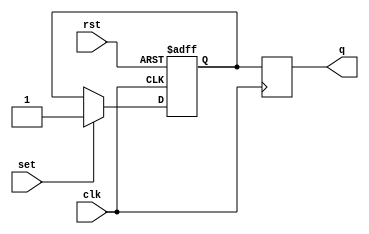
module sr_master_slave_ff (
    input wire clk,
    input wire rst,
    input wire set,
    output reg q
);

reg master_q, slave_q;

always @(posedge clk or posedge rst)
begin
    if (rst)
        master_q <= 0;
    else if (set)
        master_q <= 1;
    else
        master_q <= master_q;
end

always @(negedge clk)
begin
    slave_q <= master_q;
end

assign q = slave_q;

endmodule